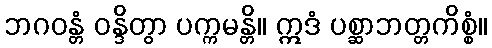
ဘဂဝန္တံ ဝန္ဒိတွာ ပက္ကမန္တိ။ ဣဒံ ပစ္ဆာဘတ္တကိစ္စံ။